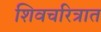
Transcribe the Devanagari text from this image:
शिवचरित्रात